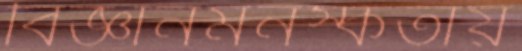
বিজ্ঞানমনস্কতায়